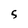
Character: 5